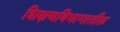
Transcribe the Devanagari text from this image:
शिक्षणविभागातील